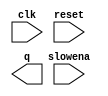
// Build a decade counter that counts from 0 through 9, inclusive, with a period of 10. The reset input is synchronous, and should reset the counter to 0. We want to be able to pause the counter rather than always incrementing every clock cycle, so the slowena input indicates when the counter should increment.

// Hint: This is a regular decade counter with an enable control signal

module top_module (
    input clk,
    input slowena,
    input reset,
    output [3:0] q);

    // Insert your code here

endmodule